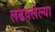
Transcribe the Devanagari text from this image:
लढवलेल्या